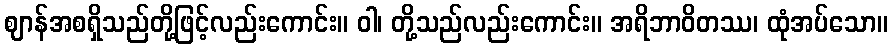
ဈာန်အစရှိသည်တို့ဖြင့်လည်းကောင်း။ ဝါ၊ တို့သည်လည်းကောင်း။ အရိဘာဝိတဿ၊ ထုံအပ်သော။